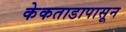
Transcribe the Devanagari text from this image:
केकताडापासून